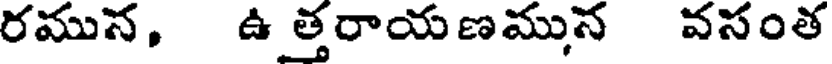
రమున, ఉత్తరాయణమున వసంత